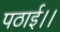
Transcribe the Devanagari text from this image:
पठाई।।